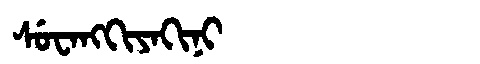
Manchu: ᠰᡠᠸᠠᠩᡴᡳᠶᠠᡴᡳᠨᡳ
Romanization: SUWANGKIYAKINI